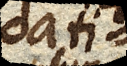
dati